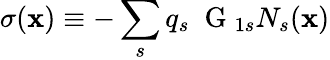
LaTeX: \sigma({\mathbf x})\equiv-\sum_{s}q_{s}\; \mathrm{~G~}_{1s}N_{s}({\mathbf x})